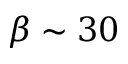
\beta \sim 3 0